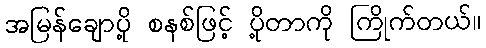
အမြန်ချောပို့ စနစ်ဖြင့် ပို့တာကို ကြိုက်တယ်။